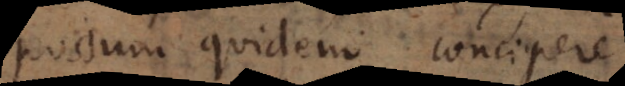
Possum quidem concipere